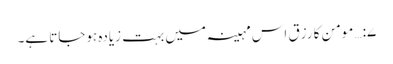
۷:… مومن کا رزق اس مہینہ میں بہت زیادہ ہوجاتا ہے۔